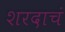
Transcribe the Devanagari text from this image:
शरदाचं